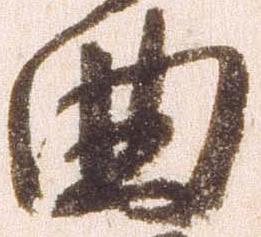
曲